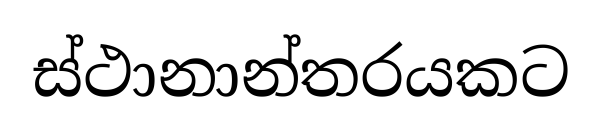
ස්ථානාන්තරයකට